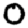
Digit: 0